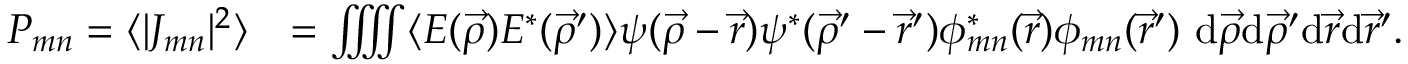
\begin{array} { r l } { P _ { m n } = \langle | J _ { m n } | ^ { 2 } \rangle } & { = \iiiint \langle E ( \vec { \rho } ) E ^ { * } ( \vec { \rho } ^ { \prime } ) \rangle \psi ( \vec { \rho } - \vec { r } ) \psi ^ { * } ( \vec { \rho } ^ { \prime } - \vec { r } ^ { \prime } ) \phi _ { m n } ^ { * } ( \vec { r } ) \phi _ { m n } ( \vec { r } ^ { \prime } ) \ \mathrm { d } \vec { \rho } \mathrm { d } \vec { \rho } ^ { \prime } \mathrm { d } \vec { r } \mathrm { d } \vec { r } ^ { \prime } . } \end{array}